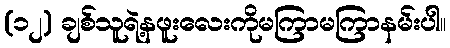
(၁၂) ချစ်သူရဲ့နဖူးလေးကိုမကြာမကြာနမ်းပါ။